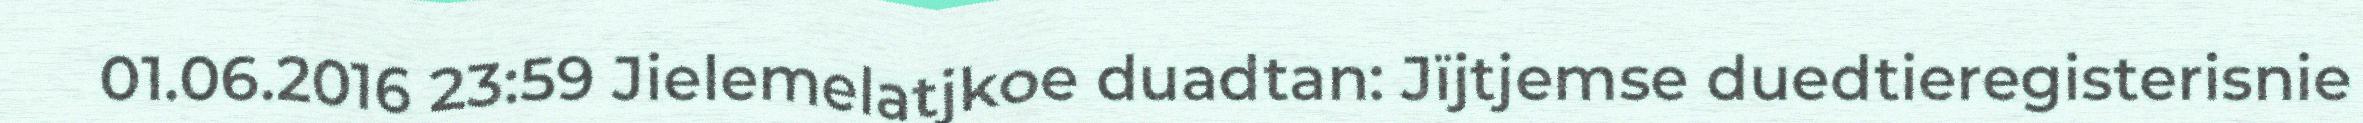
01.06.2016 23:59 Jielemelatjkoe duadtan: Jïjtjemse duedtieregisterisnie